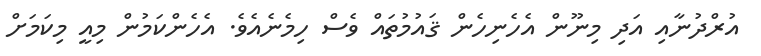
އުރްދުނާއި އަދި މިނޫން އެހެނިހެން ޤައުމުތައް ވެސް ހިމެނެއެވެ. އެހެންކަމުން މިއީ މިކަމަށް